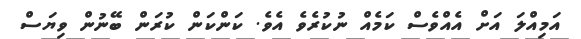
އަމިއްލަ އަށް އެއްވެސް ކަމެއް ނުކުރެވެ އެވެ. ކަންކަން ކުރަން ބޭނުން ވިޔަސް